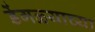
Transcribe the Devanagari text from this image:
डेंगळ्याच्या